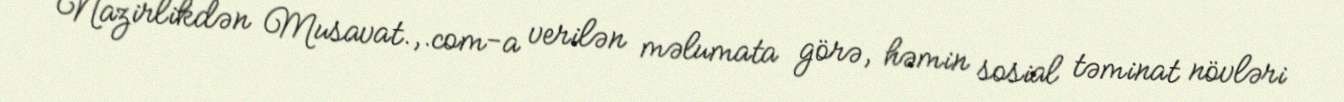
Nazirlikdən Musavat.,.com-a verilən məlumata görə, həmin sosial təminat növləri